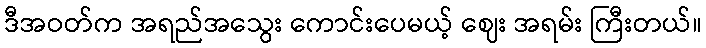
ဒီအဝတ်က အရည်အသွေး ကောင်းပေမယ့် ဈေး အရမ်း ကြီးတယ်။